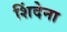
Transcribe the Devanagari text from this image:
शिंदेना